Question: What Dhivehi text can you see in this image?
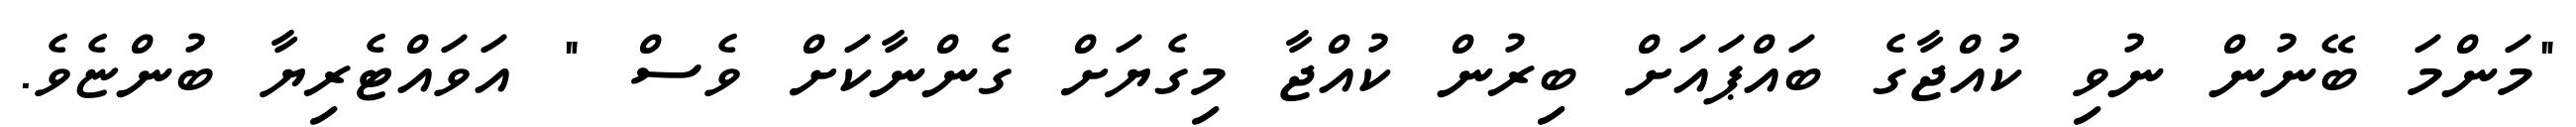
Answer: "މަންމަ ބޭނުން ނުވި ކުއްޖާގެ ބައްޕައަށް ބިރުން ކުއްޖާ މިގެޔަށް ގެންނާކަށް ވެސް " އަވައްޓެރިޔާ ބުންޏެވެ.